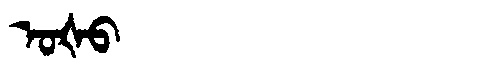
Manchu: ᠣᡧᠣ
Romanization: OŠO